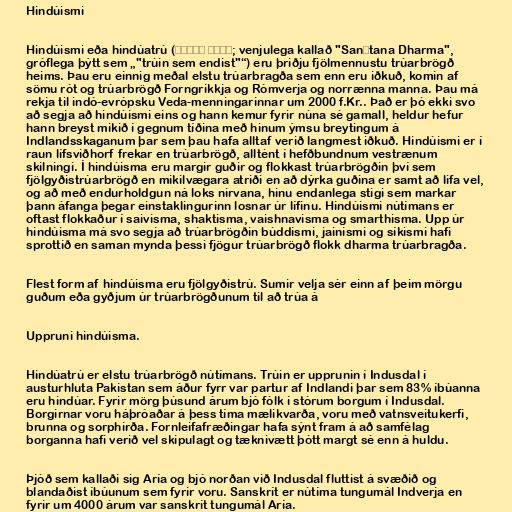
Hindúismi

Hindúismi eða hindúatrú (सनातन धर्म; venjulega kallað "Sanātana Dharma",
gróflega þýtt sem „"trúin sem endist"“) eru þriðju fjölmennustu trúarbrögð
heims. Þau eru einnig meðal elstu trúarbragða sem enn eru iðkuð, komin af
sömu rót og trúarbrögð Forngrikkja og Rómverja og norrænna manna. Þau má
rekja til indó-evrópsku Veda-menningarinnar um 2000 f.Kr.. Það er þó ekki svo
að segja að hindúismi eins og hann kemur fyrir núna sé gamall, heldur hefur
hann breyst mikið í gegnum tíðina með hinum ýmsu breytingum á
Indlandsskaganum þar sem þau hafa alltaf verið langmest iðkuð. Hindúismi er í
raun lífsviðhorf frekar en trúarbrögð, alltént í hefðbundnum vestrænum
skilningi. Í hindúisma eru margir guðir og flokkast trúarbrögðin því sem
fjölgyðistrúarbrögð en mikilvægara atriði en að dýrka guðina er samt að lifa vel,
og að með endurholdgun ná loks nirvana, hinu endanlega stigi sem markar
þann áfanga þegar einstaklingurinn losnar úr lífinu. Hindúismi nútímans er
oftast flokkaður í saivisma, shaktisma, vaishnavisma og smarthisma. Upp úr
hindúisma má svo segja að trúarbrögðin búddismi, jainismi og síkismi hafi
sprottið en saman mynda þessi fjögur trúarbrögð flokk dharma trúarbragða.

Flest form af hindúisma eru fjölgyðistrú. Sumir velja sér einn af þeim mörgu
guðum eða gyðjum úr trúarbrögðunum til að trúa á

Uppruni hindúisma.

Hindúatrú er elstu trúarbrögð nútímans. Trúin er upprunin í Indusdal í
austurhluta Pakistan sem áður fyrr var partur af Indlandi þar sem 83% íbúanna
eru hindúar. Fyrir mörg þúsund árum bjó fólk í stórum borgum í Indusdal.
Borgirnar voru háþróaðar á þess tíma mælikvarða, voru með vatnsveitukerfi,
brunna og sorphirða. Fornleifafræðingar hafa sýnt fram á að samfélag
borganna hafi verið vel skipulagt og tæknivætt þótt margt sé enn á huldu.

Þjóð sem kallaði sig Aría og bjó norðan við Indusdal fluttist á svæðið og
blandaðist íbúunum sem fyrir voru. Sanskrít er nútíma tungumál Indverja en
fyrir um 4000 árum var sanskrít tungumál Aría.